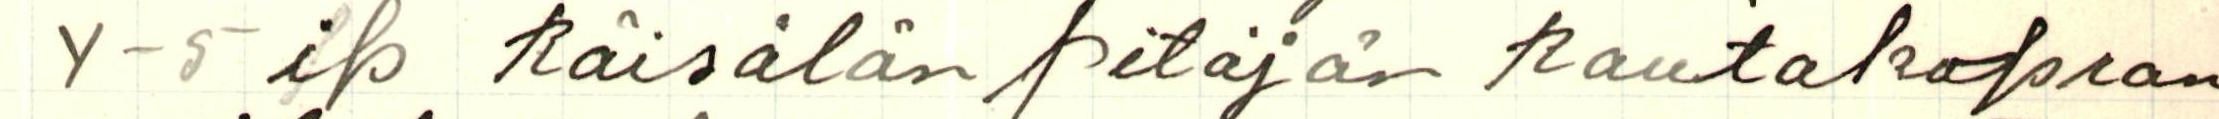
4-5 ip Räisälän pitäjän Rautakopran